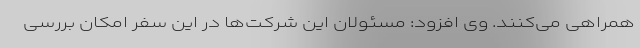
همراهی می‌کنند. وی افزود: مسئولان این شرکت‌‌ها در این سفر امکان بررسی